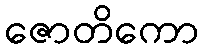
ဇောတိကော